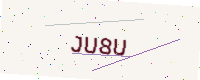
Text: JU8U